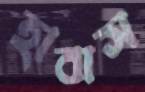
হাবাস